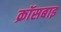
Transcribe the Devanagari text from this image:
क्रॉसबाइ